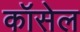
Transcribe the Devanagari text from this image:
कॉसेल